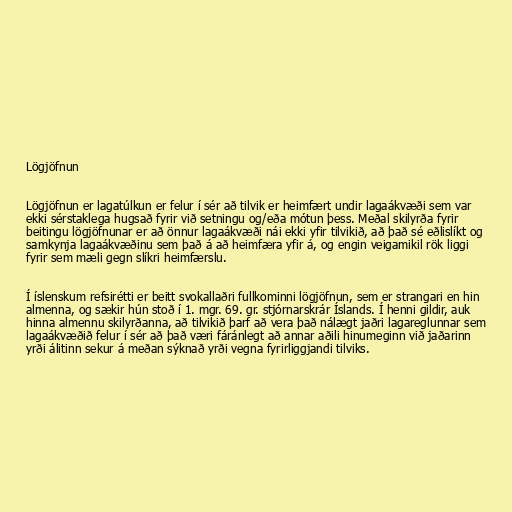
Lögjöfnun

Lögjöfnun er lagatúlkun er felur í sér að tilvik er heimfært undir lagaákvæði sem var
ekki sérstaklega hugsað fyrir við setningu og/eða mótun þess. Meðal skilyrða fyrir
beitingu lögjöfnunar er að önnur lagaákvæði nái ekki yfir tilvikið, að það sé eðlislíkt og
samkynja lagaákvæðinu sem það á að heimfæra yfir á, og engin veigamikil rök liggi
fyrir sem mæli gegn slíkri heimfærslu.

Í íslenskum refsirétti er beitt svokallaðri fullkominni lögjöfnun, sem er strangari en hin
almenna, og sækir hún stoð í 1. mgr. 69. gr. stjórnarskrár Íslands. Í henni gildir, auk
hinna almennu skilyrðanna, að tilvikið þarf að vera það nálægt jaðri lagareglunnar sem
lagaákvæðið felur í sér að það væri fáránlegt að annar aðili hinumeginn við jaðarinn
yrði álitinn sekur á meðan sýknað yrði vegna fyrirliggjandi tilviks.